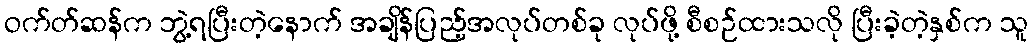
ဝက်တ်ဆန်က ဘွဲ့ရပြီးတဲ့နောက် အချိန်ပြည့်အလုပ်တစ်ခု လုပ်ဖို့ စီစဉ်ထားသလို ပြီးခဲ့တဲ့နှစ်က သူ